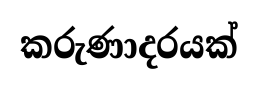
කරුණාදරයක්